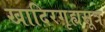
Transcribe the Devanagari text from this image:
खादिरगृह्यसूत्र